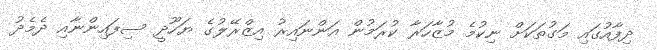
ދިފާއުގައި މަގުތަކަށް ނިކުމެ މުޒާހަރާ ކުރަމުން އަންނައިރު އިޒްރޭލުގެ ޔަހޫދީ ސިފައިންނާއި ދެމެދު